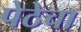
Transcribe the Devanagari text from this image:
पेठेचा